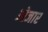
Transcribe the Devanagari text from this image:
ओजार